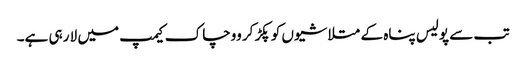
تب سے پولیس پناہ کے متلاشیوں کو پکڑ کر ووچاک کیمپ میں لا رہی ہے۔